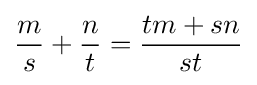
{\frac {m}{s}}+{\frac {n}{t}}={\frac {tm+sn}{st}}